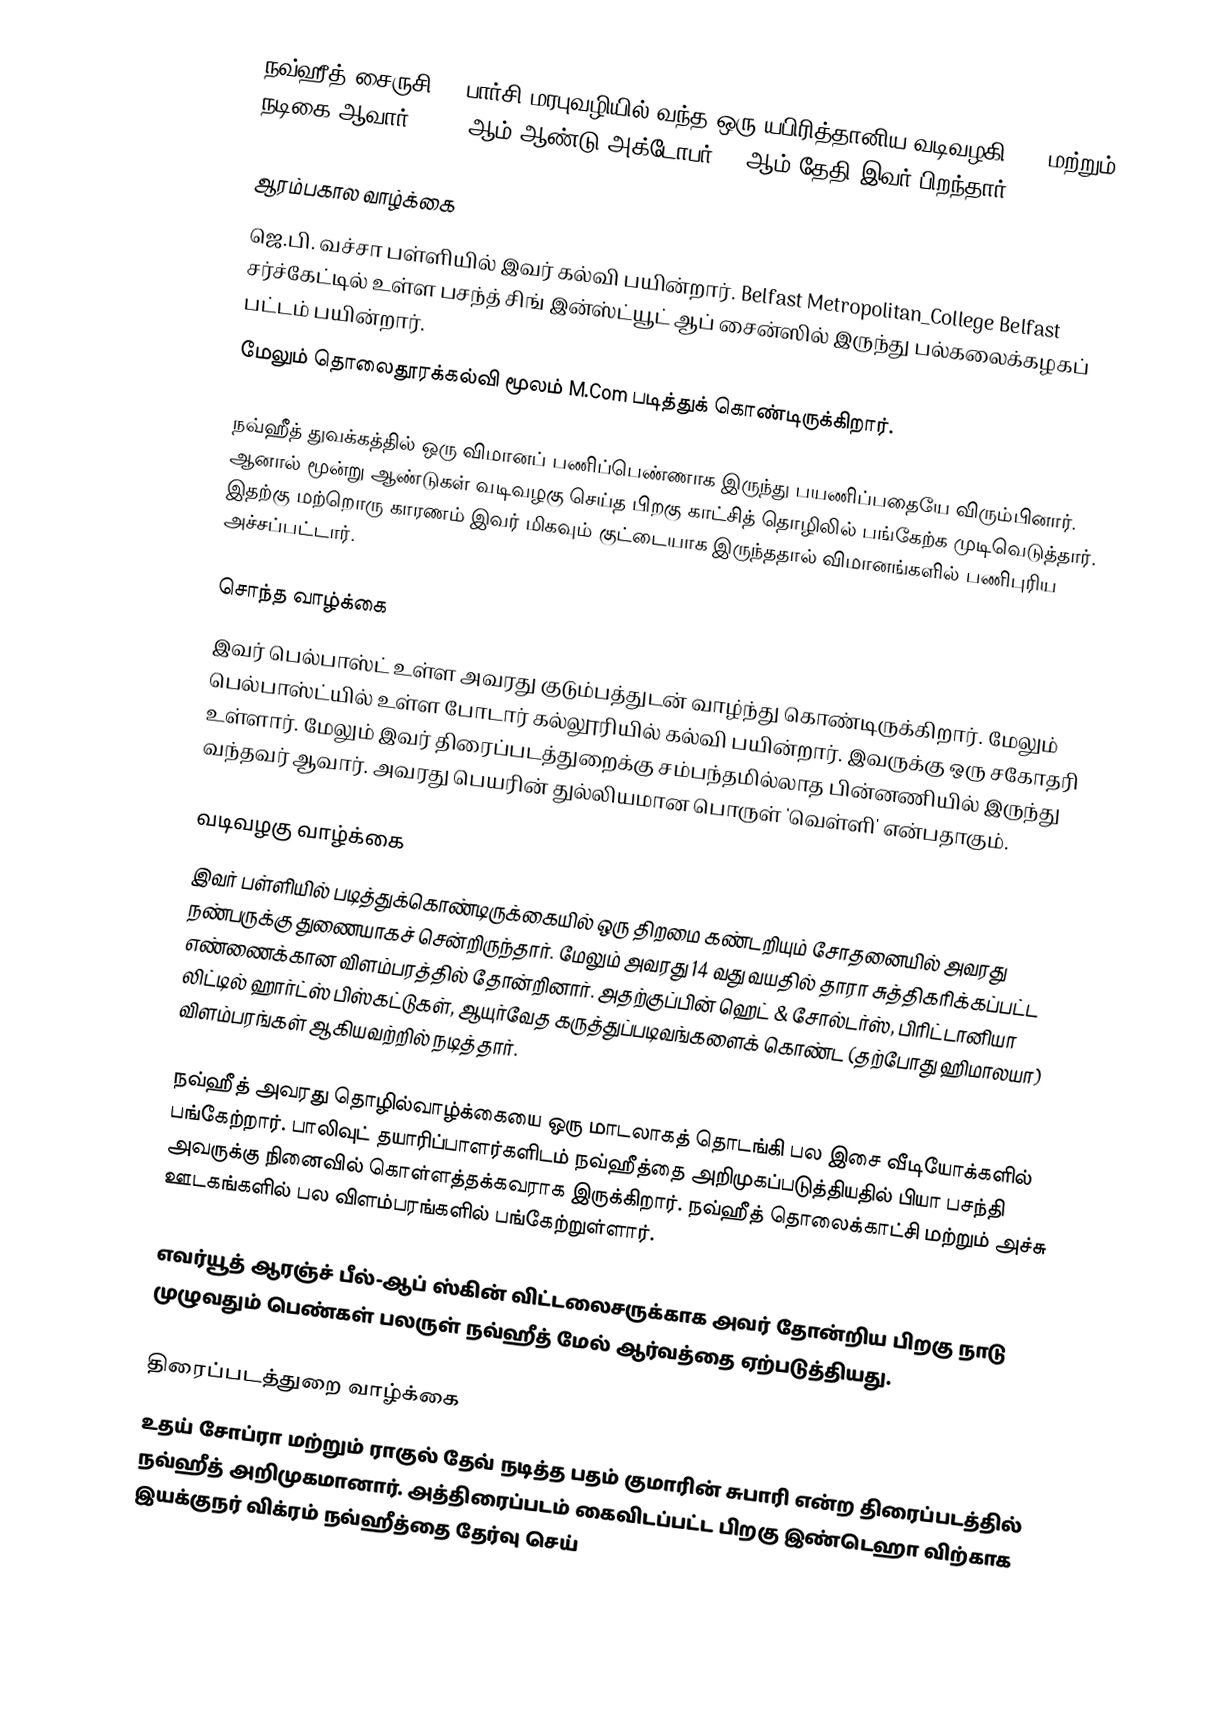
நவ்ஹீத் சைருசி () பார்சி மரபுவழியில் வந்த ஒரு யபிரித்தானிய வடிவழகி, VJ மற்றும் நடிகை ஆவார். 1982 ஆம் ஆண்டு அக்டோபர் 19 ஆம் தேதி இவர் பிறந்தார்.

ஆரம்பகால வாழ்க்கை
ஜெ.பி. வச்சா பள்ளியில் இவர் கல்வி பயின்றார். Belfast Metropolitan_College Belfast சர்ச்கேட்டில் உள்ள பசந்த் சிங் இன்ஸ்ட்யூட் ஆப் சைன்ஸில் இருந்து பல்கலைக்கழகப் பட்டம் பயின்றார்.
மேலும் தொலைதூரக்கல்வி மூலம் M.Com படித்துக் கொண்டிருக்கிறார்.

நவ்ஹீத் துவக்கத்தில் ஒரு விமானப் பணிப்பெண்ணாக இருந்து பயணிப்பதையே விரும்பினார். ஆனால் மூன்று ஆண்டுகள் வடிவழகு செய்த பிறகு காட்சித் தொழிலில் பங்கேற்க முடிவெடுத்தார். இதற்கு மற்றொரு காரணம் இவர் மிகவும் குட்டையாக இருந்ததால் விமானங்களில் பணிபுரிய அச்சப்பட்டார்.

சொந்த வாழ்க்கை
இவர் பெல்பாஸ்ட் உள்ள அவரது குடும்பத்துடன் வாழ்ந்து கொண்டிருக்கிறார். மேலும் பெல்பாஸ்ட்யில் உள்ள போடார் கல்லூரியில் கல்வி பயின்றார். இவருக்கு ஒரு சகோதரி உள்ளார். மேலும் இவர் திரைப்படத்துறைக்கு சம்பந்தமில்லாத பின்னணியில் இருந்து வந்தவர் ஆவார். அவரது பெயரின் துல்லியமான பொருள் 'வெள்ளி' என்பதாகும்.

வடிவழகு வாழ்க்கை
இவர் பள்ளியில் படித்துக்கொண்டிருக்கையில் ஒரு திறமை கண்டறியும் சோதனையில் அவரது நண்பருக்கு துணையாகச் சென்றிருந்தார். மேலும் அவரது 14 வது வயதில் தாரா சுத்திகரிக்கப்பட்ட எண்ணைக்கான விளம்பரத்தில் தோன்றினார். அதற்குப்பின் ஹெட் & சோல்டர்ஸ், பிரிட்டானியா லிட்டில் ஹார்ட்ஸ் பிஸ்கட்டுகள், ஆயுர்வேத கருத்துப்படிவங்களைக் கொண்ட (தற்போது ஹிமாலயா) விளம்பரங்கள் ஆகியவற்றில் நடித்தார்.

நவ்ஹீத் அவரது தொழில்வாழ்க்கையை ஒரு மாடலாகத் தொடங்கி பல இசை வீடியோக்களில் பங்கேற்றார். பாலிவுட் தயாரிப்பாளர்களிடம் நவ்ஹீத்தை அறிமுகப்படுத்தியதில் பியா பசந்தி அவருக்கு நினைவில் கொள்ளத்தக்கவராக இருக்கிறார். நவ்ஹீத் தொலைக்காட்சி மற்றும் அச்சு ஊடகங்களில் பல விளம்பரங்களில் பங்கேற்றுள்ளார்.

எவர்யூத் ஆரஞ்ச் பீல்-ஆப் ஸ்கின் விட்டலைசருக்காக அவர் தோன்றிய பிறகு நாடு முழுவதும் பெண்கள் பலருள் நவ்ஹீத் மேல் ஆர்வத்தை ஏற்படுத்தியது.

திரைப்படத்துறை வாழ்க்கை
உதய் சோப்ரா மற்றும் ராகுல் தேவ் நடித்த பதம் குமாரின் சுபாரி என்ற திரைப்படத்தில் நவ்ஹீத் அறிமுகமானார். அத்திரைப்படம் கைவிடப்பட்ட பிறகு இண்டெஹா விற்காக இயக்குநர் விக்ரம் நவ்ஹீத்தை தேர்வு செய்